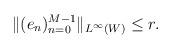
LaTeX: \begin{align*} \| (e_n)_{n=0}^{M-1} \|_{L^\infty(W)} \le r .\end{align*}